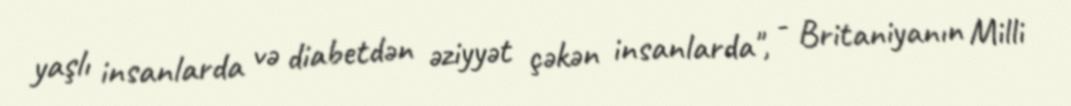
yaşlı insanlarda və diabetdən əziyyət çəkən insanlarda", - Britaniyanın Milli